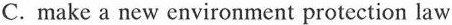
C.make a new environment protection law